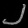
Digit: ၂